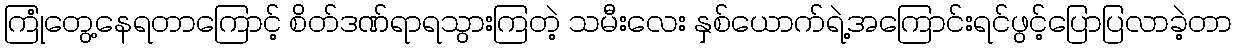
ကြုံတွေ့နေရတာကြောင့် စိတ်ဒဏ်ရာရသွားကြတဲ့ သမီးလေး နှစ်ယောက်ရဲ့အကြောင်းရင်ဖွင့်ပြောပြလာခဲ့တာ